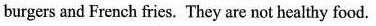
burgers and French fries. They are not healthy food.